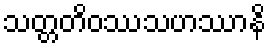
သတ္တတိဝဿသဟဿာနိ